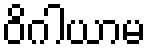
ဝိဂါယာမ